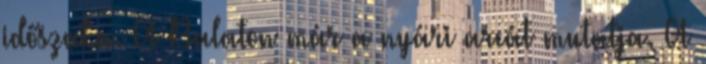
időszaka. A Balaton már a nyári arcát mutatja. A